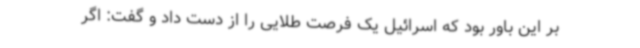
بر این باور بود که اسرائیل یک فرصت طلایی را از دست داد و گفت: اگر